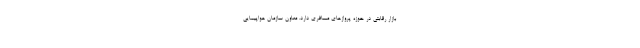
بازار رقابتی در حوزه پروازهای مسافری دارد. معاون سازمان هواپیمایی